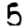
Digit: 5